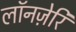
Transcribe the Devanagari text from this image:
लॉनज़ेरि